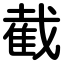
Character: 截